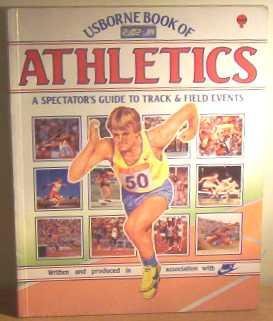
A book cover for Usborne Book of Athletics: A Spectators Guide to Track and Field Events (Sports guide); P. Woods; Teen & Young Adult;